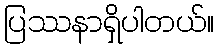
ပြဿနာရှိပါတယ်။